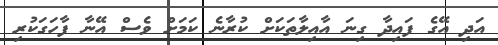
އަދި އޭގެ ފައިދާ ގިނަ އާއިލާތަކަށް ކުރާނެ ކަމަށް ވެސް އޭނާ ފާހަގަކުރި